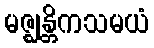
မဇ္ဈန္တိကသမယံ